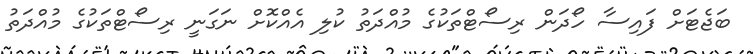
ބަޖެޓަށް ފައިސާ ހޯދަން ރިސޯޓްތަކުގެ މުއްދަތު ކުލި އެއްކޮށް ނަގަނީ ރިސޯޓްތަކުގެ މުއްދަތު